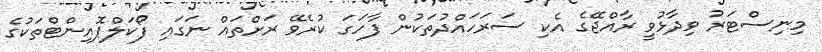
މިނިސްޓަރު ވިދާޅުވީ ރާއްޖޭގެ އެކި ސަރަހައްދުތަކުން ފާހަގަ ކުރެވޭ ރަށްތައް ނަގައި ފޯކަލްޕޮއިންޓްތަކުގެ